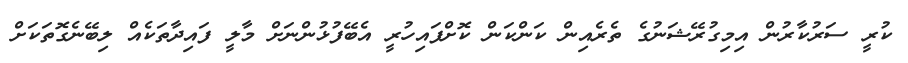
ކުރީ ސަރުކާރުން އިމިގުރޭޝަނުގެ ތެރެއިން ކަންކަން ކޮށްފައިހުރީ އެބޭފުޅުންނަށް މާލީ ފައިދާތަކެއް ލިބޭނެގޮތަކަށް